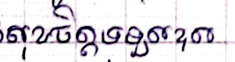
សុខចិត្តទទួលខុស